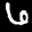
Label: 6